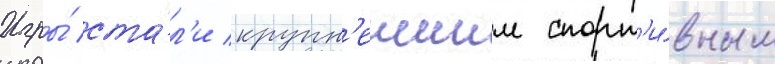
Игры́ ста́л'и крупн'еишим спорт'и́вным